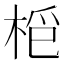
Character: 𣑿